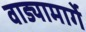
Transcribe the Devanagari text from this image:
वाड्यामार्गे